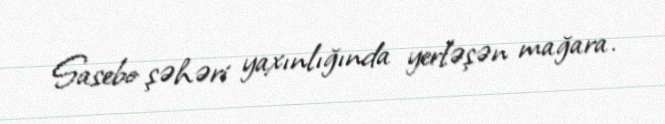
Sasebo şəhəri yaxınlığında yerləşən mağara.